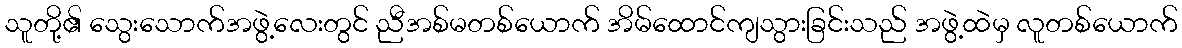
သူတို့၏ သွေးသောက်အဖွဲ့လေးတွင် ညီအစ်မတစ်ယောက် အိမ်ထောင်ကျသွားခြင်းသည် အဖွဲ့ထဲမှ လူတစ်ယောက်